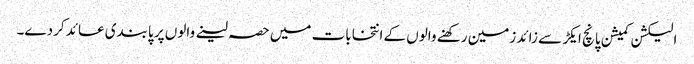
الیکشن کمیشن پانچ ایکڑ سے زائد زمین رکھنے والوں کے انتخابات میں حصہ لینے والوں پر پابندی عائد کردے۔